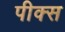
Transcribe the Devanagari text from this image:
पीक्स